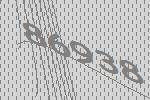
86938